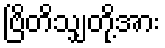
ဗြိတိသျှတို့အား